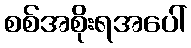
စစ်အစိုးရအပေါ်